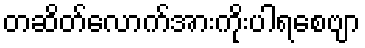
တဆိတ်လောက်အားကိုးပါရစေဗျာ